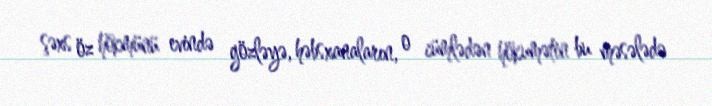
şəxs öz hökmünü evində gözləyə, həbsxanaların, o cümlədən hökumətin bu məsələdə